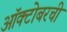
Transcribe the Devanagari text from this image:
ऑक्टोबरची